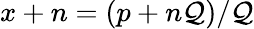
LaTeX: x+n=(p+n\mathcal{Q})/\mathcal{Q}